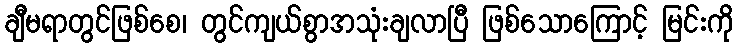
ချီမရာတွင်ဖြစ်စေ၊ တွင်ကျယ်စွာအသုံးချလာပြီ ဖြစ်သောကြောင့် မြင်းကို